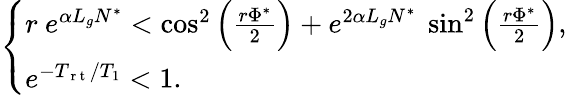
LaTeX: \begin{array}{r}{\left\{ \begin{array}{ll}{r\ e^{\alpha L_{g}N^{*}}<\cos^{2}\Big(\frac{r\Phi^{*}}{2}\Big)+e^{2\alpha L_{g}N^{*}}\ \sin^{2}\Big(\frac{r\Phi^{*}}{2}\Big),}\\ {e^{-T_{\mathrm{~r~t~}}/T_{1}}<1.}\end{array}\right.}\end{array}